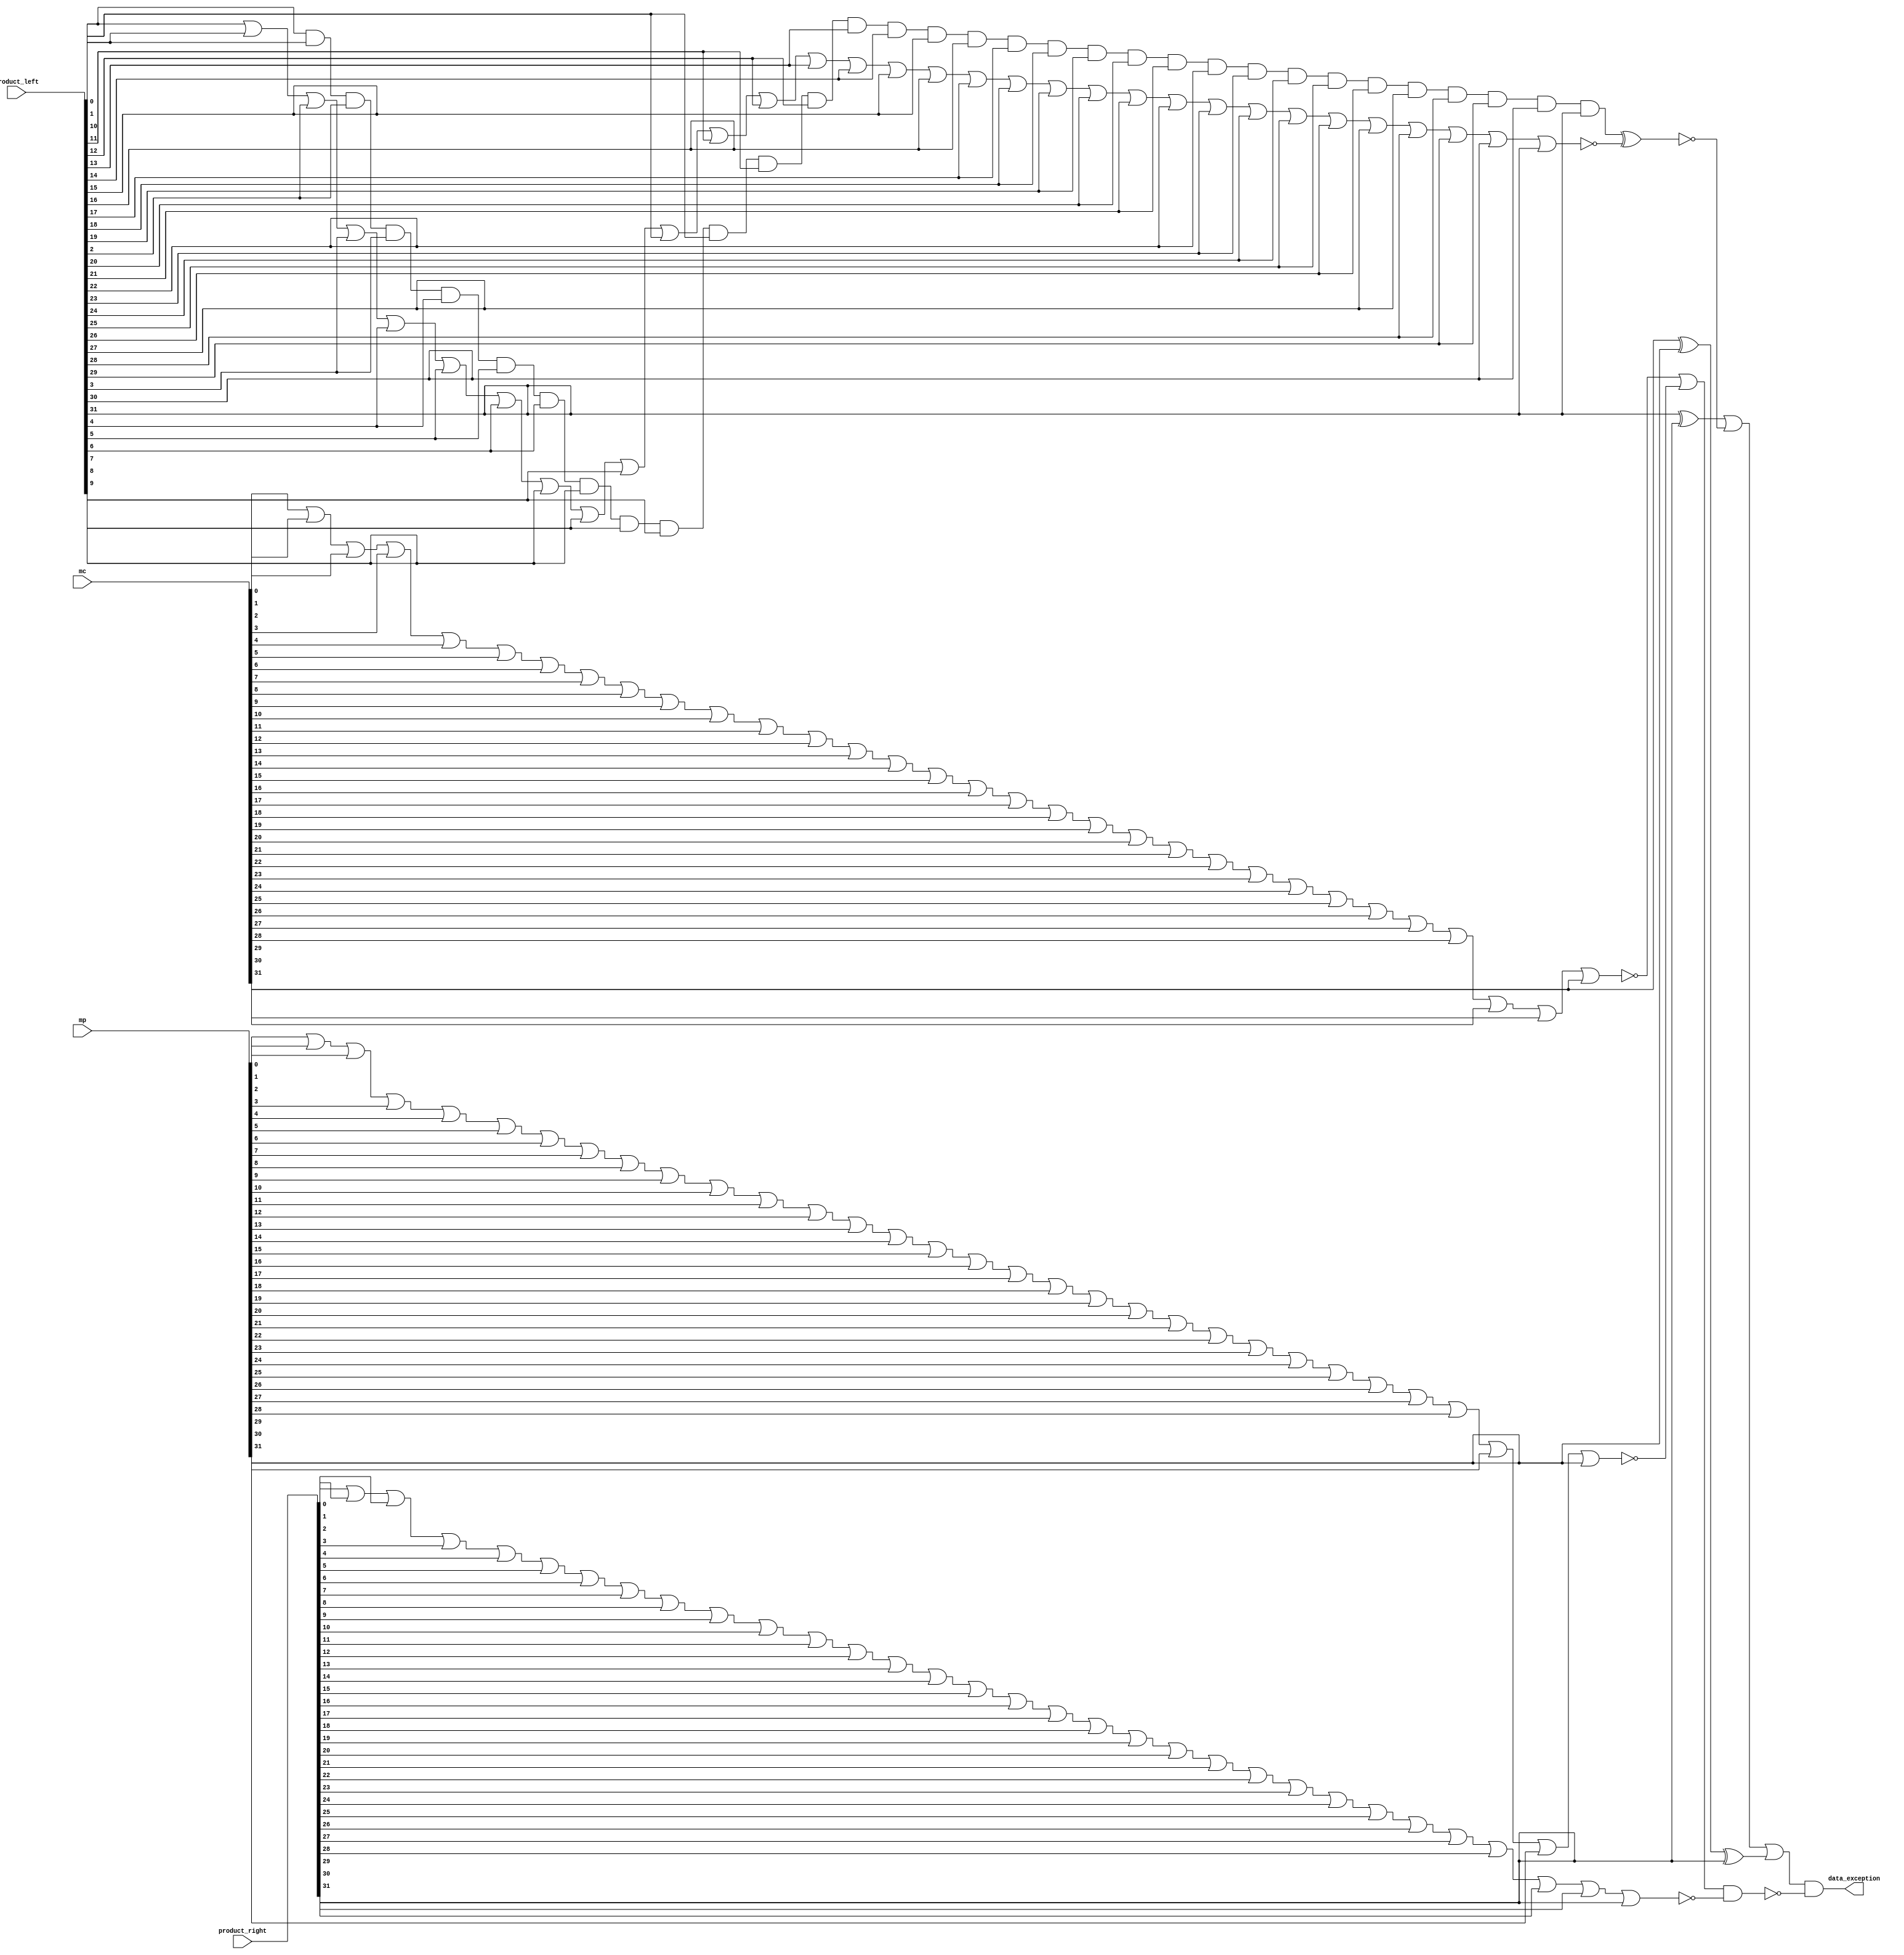
module mult_exception (mc, mp, product_left, product_right, data_exception);

    input [31:0] mc, mp, product_left, product_right;
    output data_exception;

    // check to make sure that product_left is either all 0's or all 1's
    wire not_all, and_result, nor_result;
    // and_result = 1 when all 1's
    and and_all (and_result, product_left[0], product_left[1], product_left[2], product_left[3], product_left[4], product_left[5], product_left[6], product_left[7], product_left[8], product_left[9], product_left[10], product_left[11], product_left[12], product_left[13], product_left[14], product_left[15], product_left[16], product_left[17], product_left[18], product_left[19], product_left[20], product_left[21], product_left[22], product_left[23], product_left[24], product_left[25], product_left[26], product_left[27], product_left[28], product_left[29], product_left[30], product_left[31]);
    // nor_result = 1 when all 0's
    nor nor_all (nor_result, product_left[0], product_left[1], product_left[2], product_left[3], product_left[4], product_left[5], product_left[6], product_left[7], product_left[8], product_left[9], product_left[10], product_left[11], product_left[12], product_left[13], product_left[14], product_left[15], product_left[16], product_left[17], product_left[18], product_left[19], product_left[20], product_left[21], product_left[22], product_left[23], product_left[24], product_left[25], product_left[26], product_left[27], product_left[28], product_left[29], product_left[30], product_left[31]);
    xnor is_all (not_all, and_result, nor_result);

    // check to make sure that product_left and product_right have the same sign
    // product_left[31] = 0 and product_right[31] = 0 --> exception = 0
    // product_left[31] = 0 and product_right[31] = 1 --> exception = 1
    // product_left[31] = 1 and product_right[31] = 0 --> exception = 1
    // product_left[31] = 1 and product_right[31] = 1 --> exception = 0
    wire prod_sign;
    xor xor_product_sign (prod_sign, product_left[31], product_right[31]);

    // check to make sure the sign of product_right matches the signs of the operands
    // mc[31] = 0 and mp[31] = 0 --> product_right[31] = 0
    // mc[31] = 0 and mp[31] = 1 --> product_right[31] = 1
    // mc[31] = 1 and mp[31] = 0 --> product_right[31] = 1
    // mc[31] = 1 and mp[31] = 1 --> product_right[31] = 0
    // product_right[31] = xor(mc[31], mp[31])
    wire correct_prod_sign, not_match;
    xor xor_op_sign (correct_prod_sign, mc[31], mp[31]);
    xor xor_sign_match (not_match, correct_prod_sign, product_right[31]);

    // there should be no exception if mc or mp is 0 and product_right is 0
    wire is_mc_zero, is_mp_zero;
    wire op_zero, prod_zero, no_exception;
    nor mc_zero (is_mc_zero, mc[0], mc[1], mc[2], mc[3], mc[4], mc[5], mc[6], mc[7], mc[8], mc[9], mc[10], mc[11], mc[12], mc[13], mc[14], mc[15], mc[16], mc[17], mc[18], mc[19], mc[20], mc[21], mc[22], mc[23], mc[24], mc[25], mc[26], mc[27], mc[28], mc[29], mc[30], mc[31]);
    nor mp_zero (is_mp_zero, mp[0], mp[1], mp[2], mp[3], mp[4], mp[5], mp[6], mp[7], mp[8], mp[9], mp[10], mp[11], mp[12], mp[13], mp[14], mp[15], mp[16], mp[17], mp[18], mp[19], mp[20], mp[21], mp[22], mp[23], mp[24], mp[25], mp[26], mp[27], mp[28], mp[29], mp[30], mp[31]);
    or operands_zero (op_zero, is_mc_zero, is_mp_zero);
    nor product_zero (prod_zero, product_right[0], product_right[1], product_right[2], product_right[3], product_right[4], product_right[5], product_right[6], product_right[7], product_right[8], product_right[9], product_right[10], product_right[11], product_right[12], product_right[13], product_right[14], product_right[15], product_right[16], product_right[17], product_right[18], product_right[19], product_right[20], product_right[21], product_right[22], product_right[23], product_right[24], product_right[25], product_right[26], product_right[27], product_right[28], product_right[29], product_right[30], product_right[31]);
    and zero (no_exception, op_zero, prod_zero);
    
    wire possible_exception;
    or or_exception (possible_exception, prod_sign, not_all, not_match);
    and (data_exception, possible_exception, ~no_exception);

endmodule